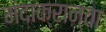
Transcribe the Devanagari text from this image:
मंदाक्रान्ता